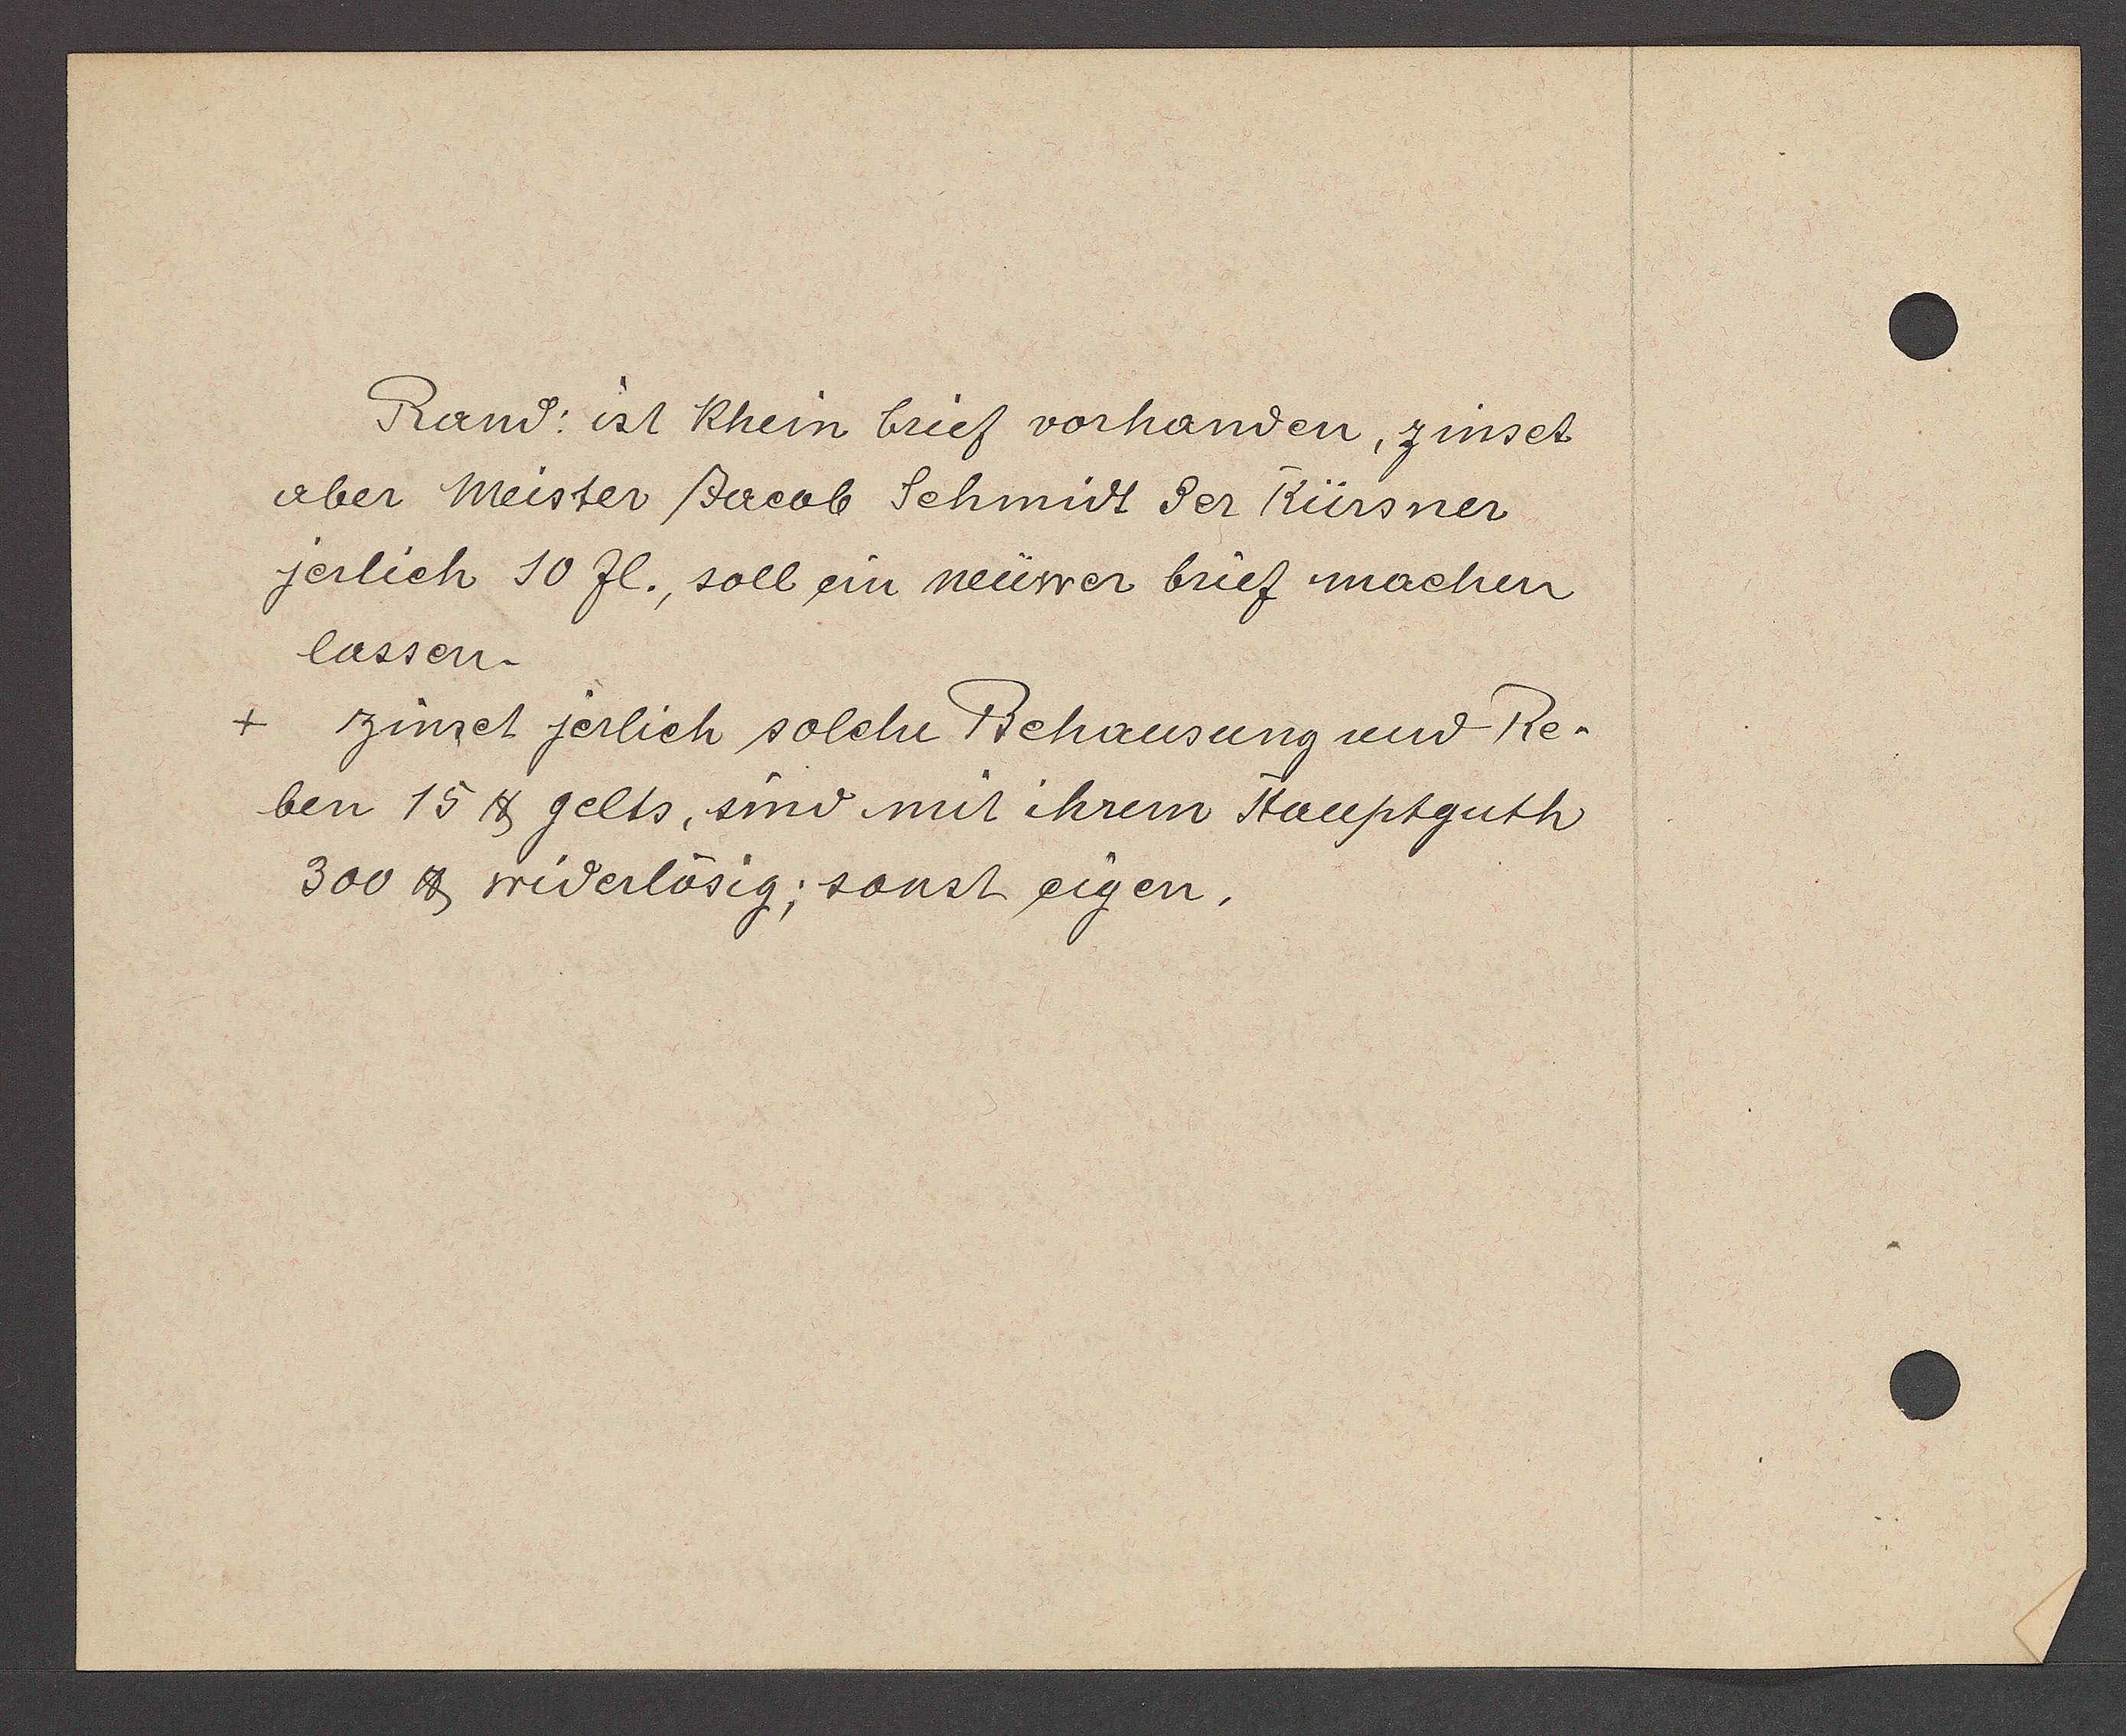
Transcript:
Rand: ist Rhein brief vorhanden, zinset
aber Meister Jacob Schmidt der Kürsner
jerlich 10 fl., soll ein neüwer brief machen
lassen.
+ zinset jerlich solche Behausung und Re-
ben 15 ℔ gelts, sind mit ihrem Hauptguth
300 ℔ widerlösig, sonst eigen.